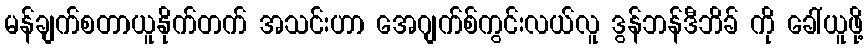
မန်ချက်စတာယူနိုက်တက် အသင်းဟာ အေဂျက်စ်ကွင်းလယ်လူ ဒွန်ဘန်ဒီဘိခ် ကို ခေါ်ယူဖို့